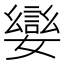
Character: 𡢮